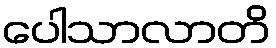
ပေါသာလာတိ